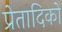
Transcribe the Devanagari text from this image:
प्रेतादिकों